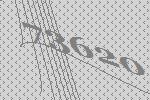
73620